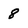
Character: 8